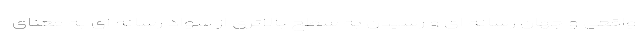
واقعی و جهان رسانه ای و رسیدن به سطح بالاتری از سواد رسانه ای به معنای